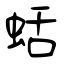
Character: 蛞